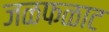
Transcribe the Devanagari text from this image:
जळफळाट